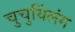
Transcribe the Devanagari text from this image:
चुचुयिंलंग